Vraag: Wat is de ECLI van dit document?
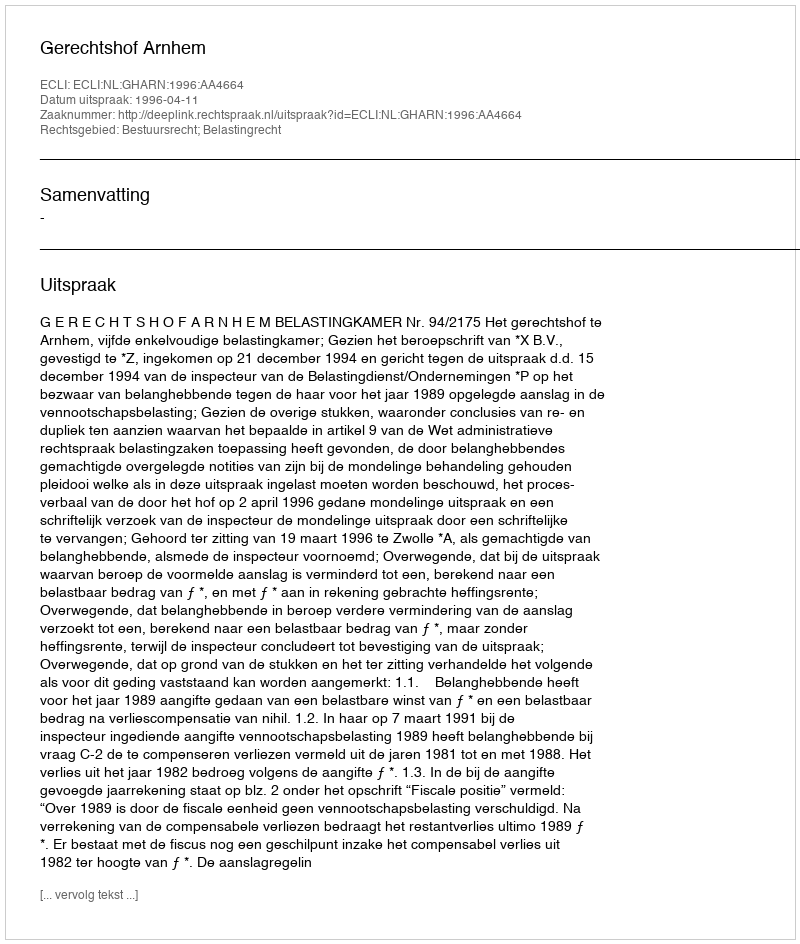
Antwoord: ECLI:NL:GHARN:1996:AA4664